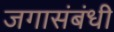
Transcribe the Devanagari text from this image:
जगासंबंधी